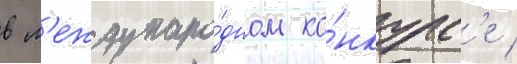
в м'еждунаро́дном ко́нкурс'е /